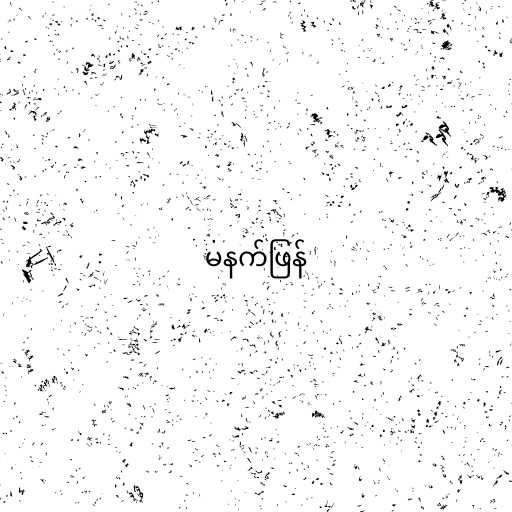
မနက်ဖြန်